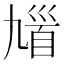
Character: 𩠒